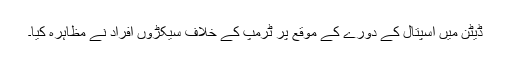
ڈیٹن میں اسپتال کے دورے کے موقع پر ٹرمپ کے خلاف سیکڑوں افراد نے مظاہرہ کیا۔